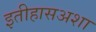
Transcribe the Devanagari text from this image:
इतीहासअशा